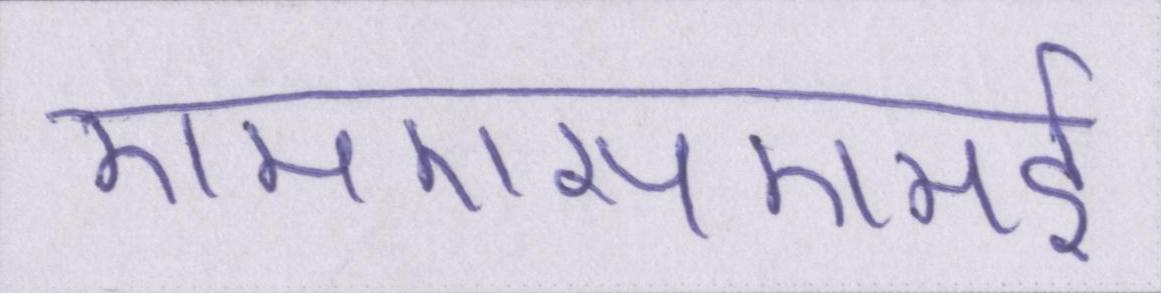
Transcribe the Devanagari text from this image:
एमएसएमई